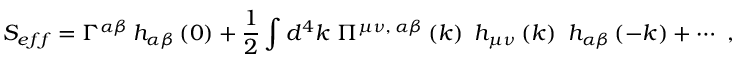
S _ { e f f } = \Gamma ^ { \alpha \beta } \, h _ { \alpha \beta } \left( 0 \right) + \frac 1 2 \int d ^ { 4 } k \ \Pi ^ { \mu \nu , \, \alpha \beta } \left( k \right) \ h _ { \mu \nu } \left( k \right) \ h _ { \alpha \beta } \left( - k \right) + \cdots \ ,